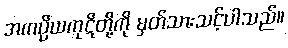
အကပ္ပိယကုဋိတို့ကို မှတ်သားသင့်ပါသည်။